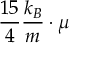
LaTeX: { \frac { 1 5 } { 4 } } { \frac { k _ { B } } { m } } \cdot \mu